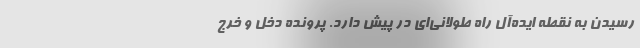
رسیدن به نقطه ایده‌آل راه طولانی‌ای در پیش دارد. پرونده دخل و خرج